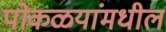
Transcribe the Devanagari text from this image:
पोकळयांमधील